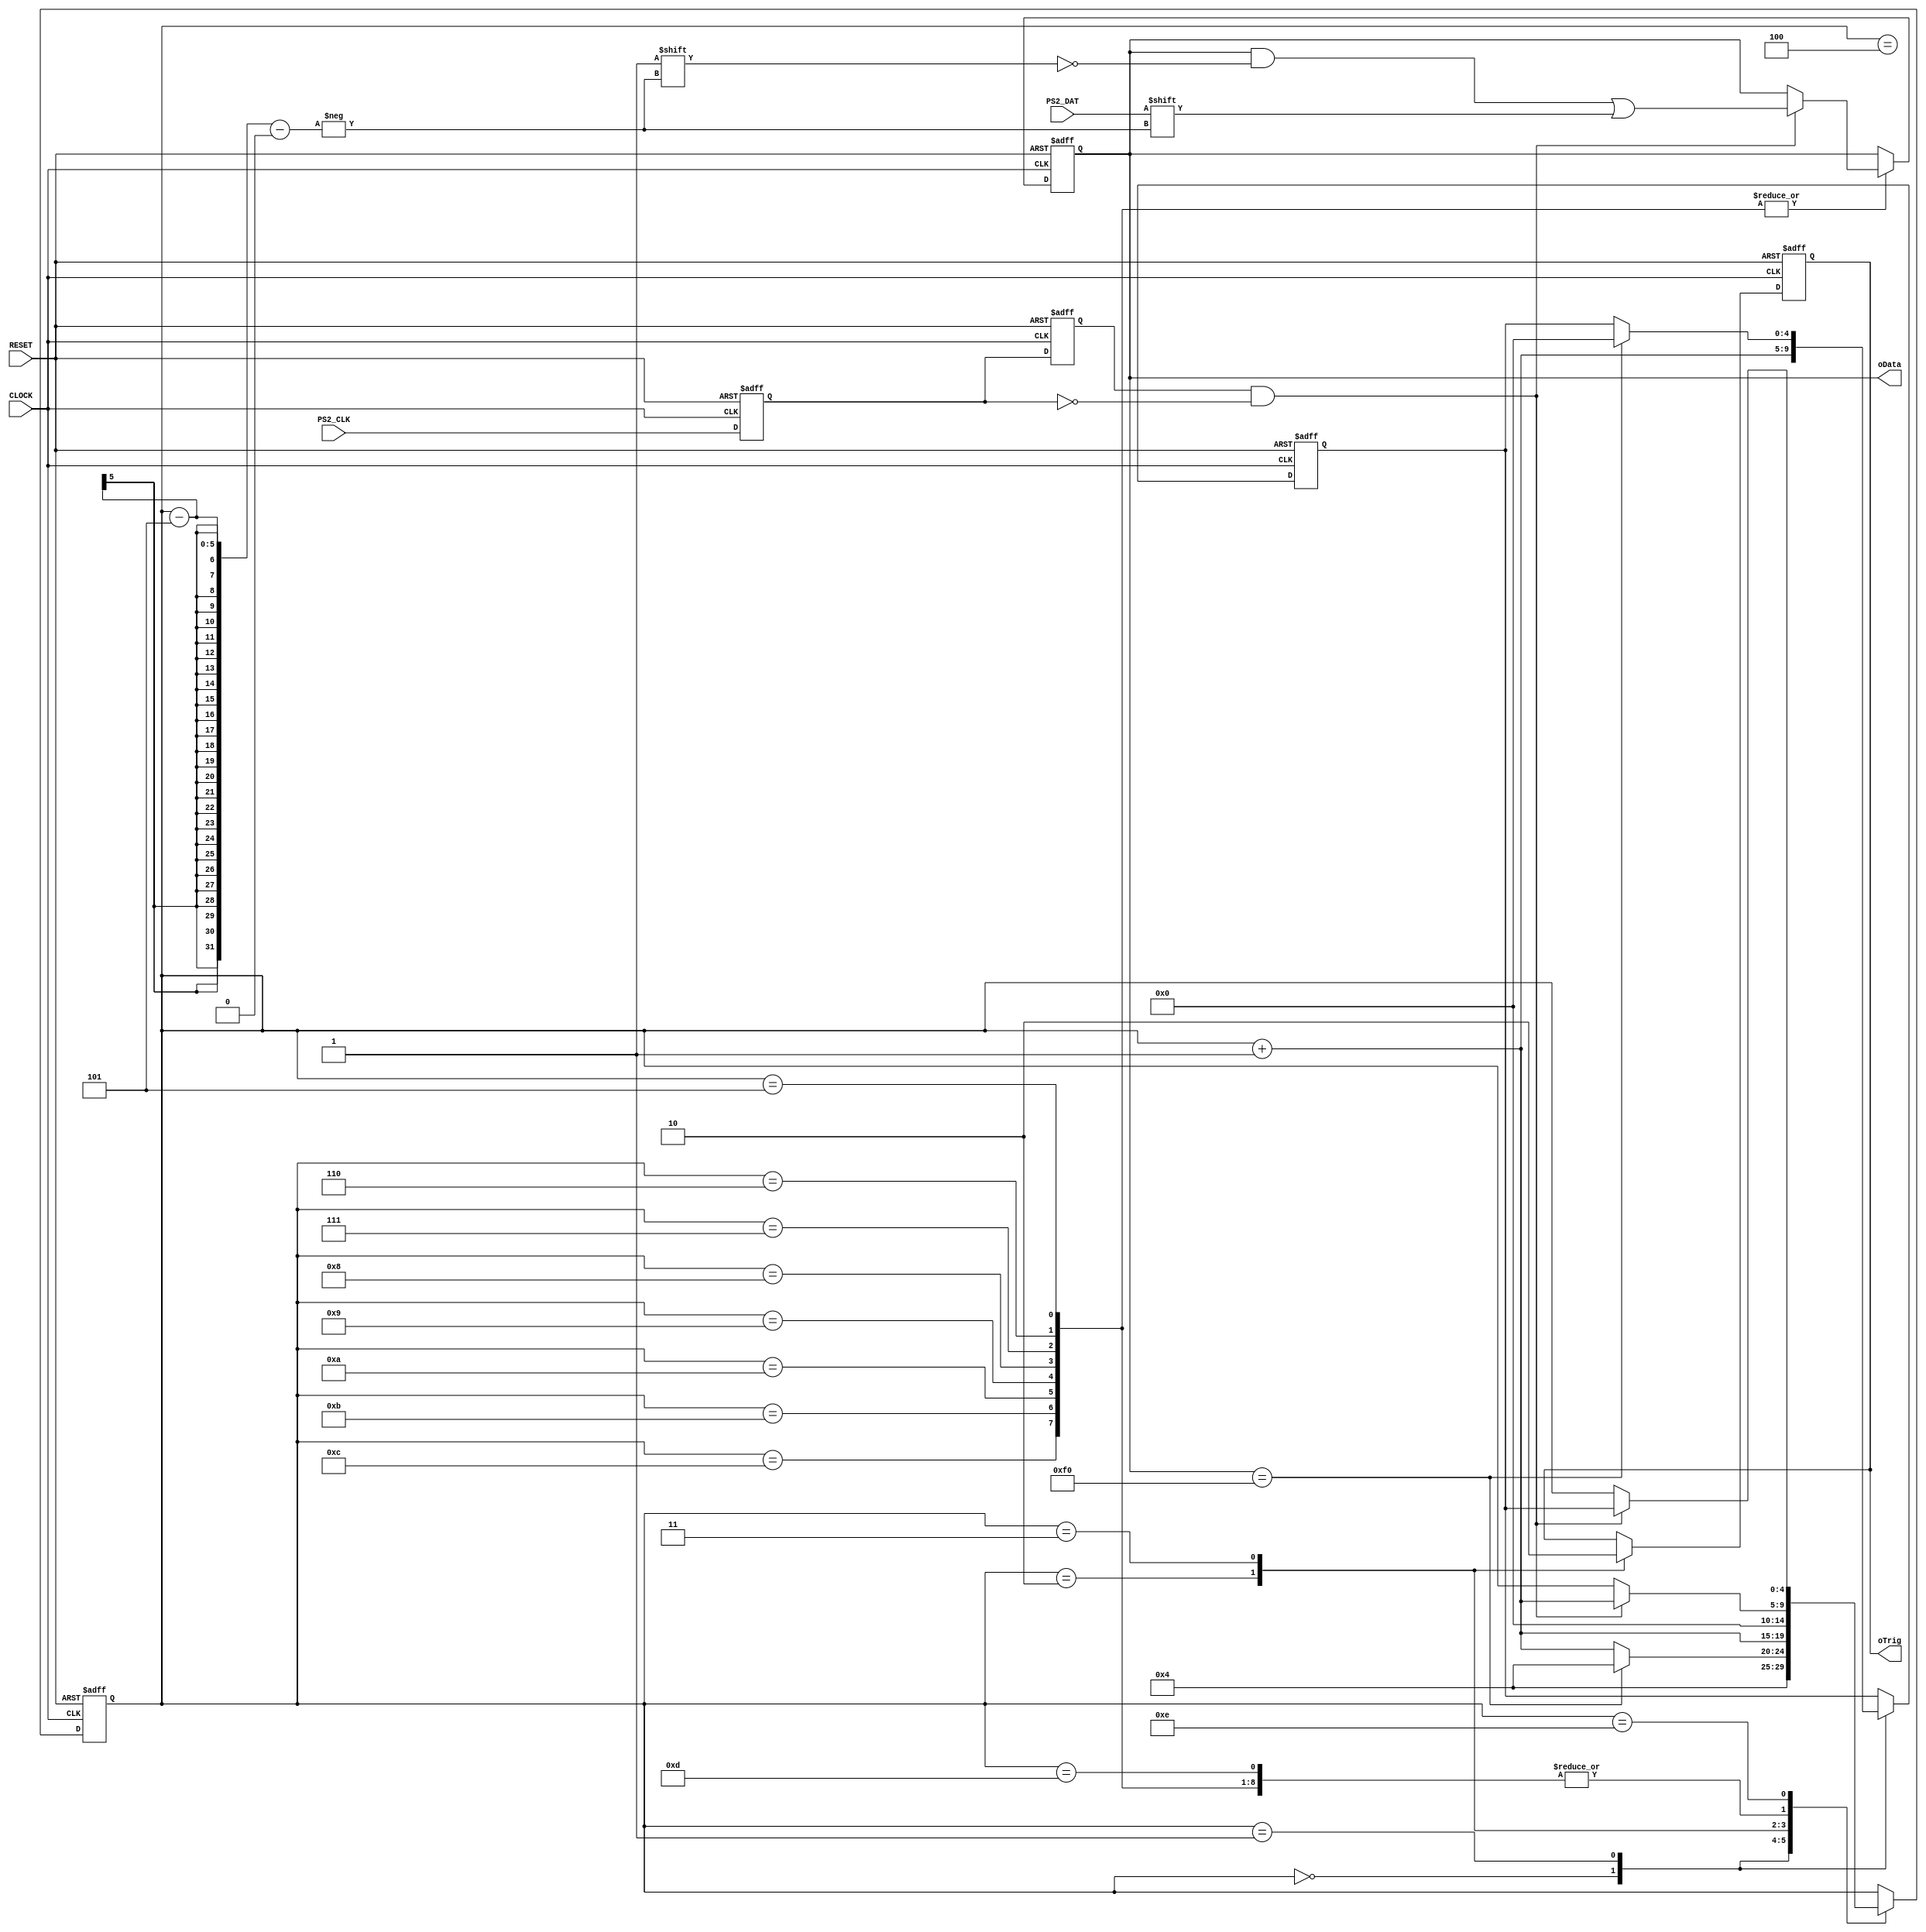
module ps2_funcmod
(
    input CLOCK, RESET,
	 input PS2_CLK, PS2_DAT,
	 output oTrig,
	 output [7:0]oData
);
    parameter BREAK = 8'hF0;
	 parameter FF_Read = 5'd4;
	 
	 /******************/ // sub

    reg F2,F1;
	 
    always @ ( posedge CLOCK or negedge RESET )
	     if( !RESET )
		      { F2,F1 } <= 2'b11;
		  else
		      { F2, F1 } <= { F1, PS2_CLK };

	 /******************/ // core
	 
	 wire isH2L = ( F2 == 1'b1 && F1 == 1'b0 );
	 reg [7:0]D1;
	 reg [4:0]i,Go;
	 reg isDone;
	 
	 always @ ( posedge CLOCK or negedge RESET )
	     if( !RESET )
		      begin
				    D1 <= 8'd0;
					 i <= 5'd0;
					 Go <= 5'd0;
					 isDone <= 1'b0;
				end
		   else
			    case( i )
				 
				     0:
					  begin i <= FF_Read; Go <= i + 1'b1; end
				  
				     1:
					  if( D1 == BREAK ) begin i <= FF_Read; Go <= 5'd0; end
					  else i <= i + 1'b1;
					  
					  2:
					  begin isDone <= 1'b1; i <= i + 1'b1; end
					  
					  3:
					  begin isDone <= 1'b0; i <= 5'd0; end
					  
					  /*************/ // PS2 read function
					  
					  4:  // Start bit
					  if( isH2L ) i <= i + 1'b1; 
					  
					  5,6,7,8,9,10,11,12:  // Data byte
					  if( isH2L ) begin D1[ i-5 ] <= PS2_DAT; i <= i + 1'b1; end
					  
					  13: // Parity bit
					  if( isH2L ) i <= i + 1'b1;
					  
					  14: // Stop bit
					  if( isH2L ) i <= Go;

				 endcase
				 
    /************************************/
	 
	 assign oTrig = isDone;
	 assign oData = D1;
	 
	 /*************************************/
  
endmodule